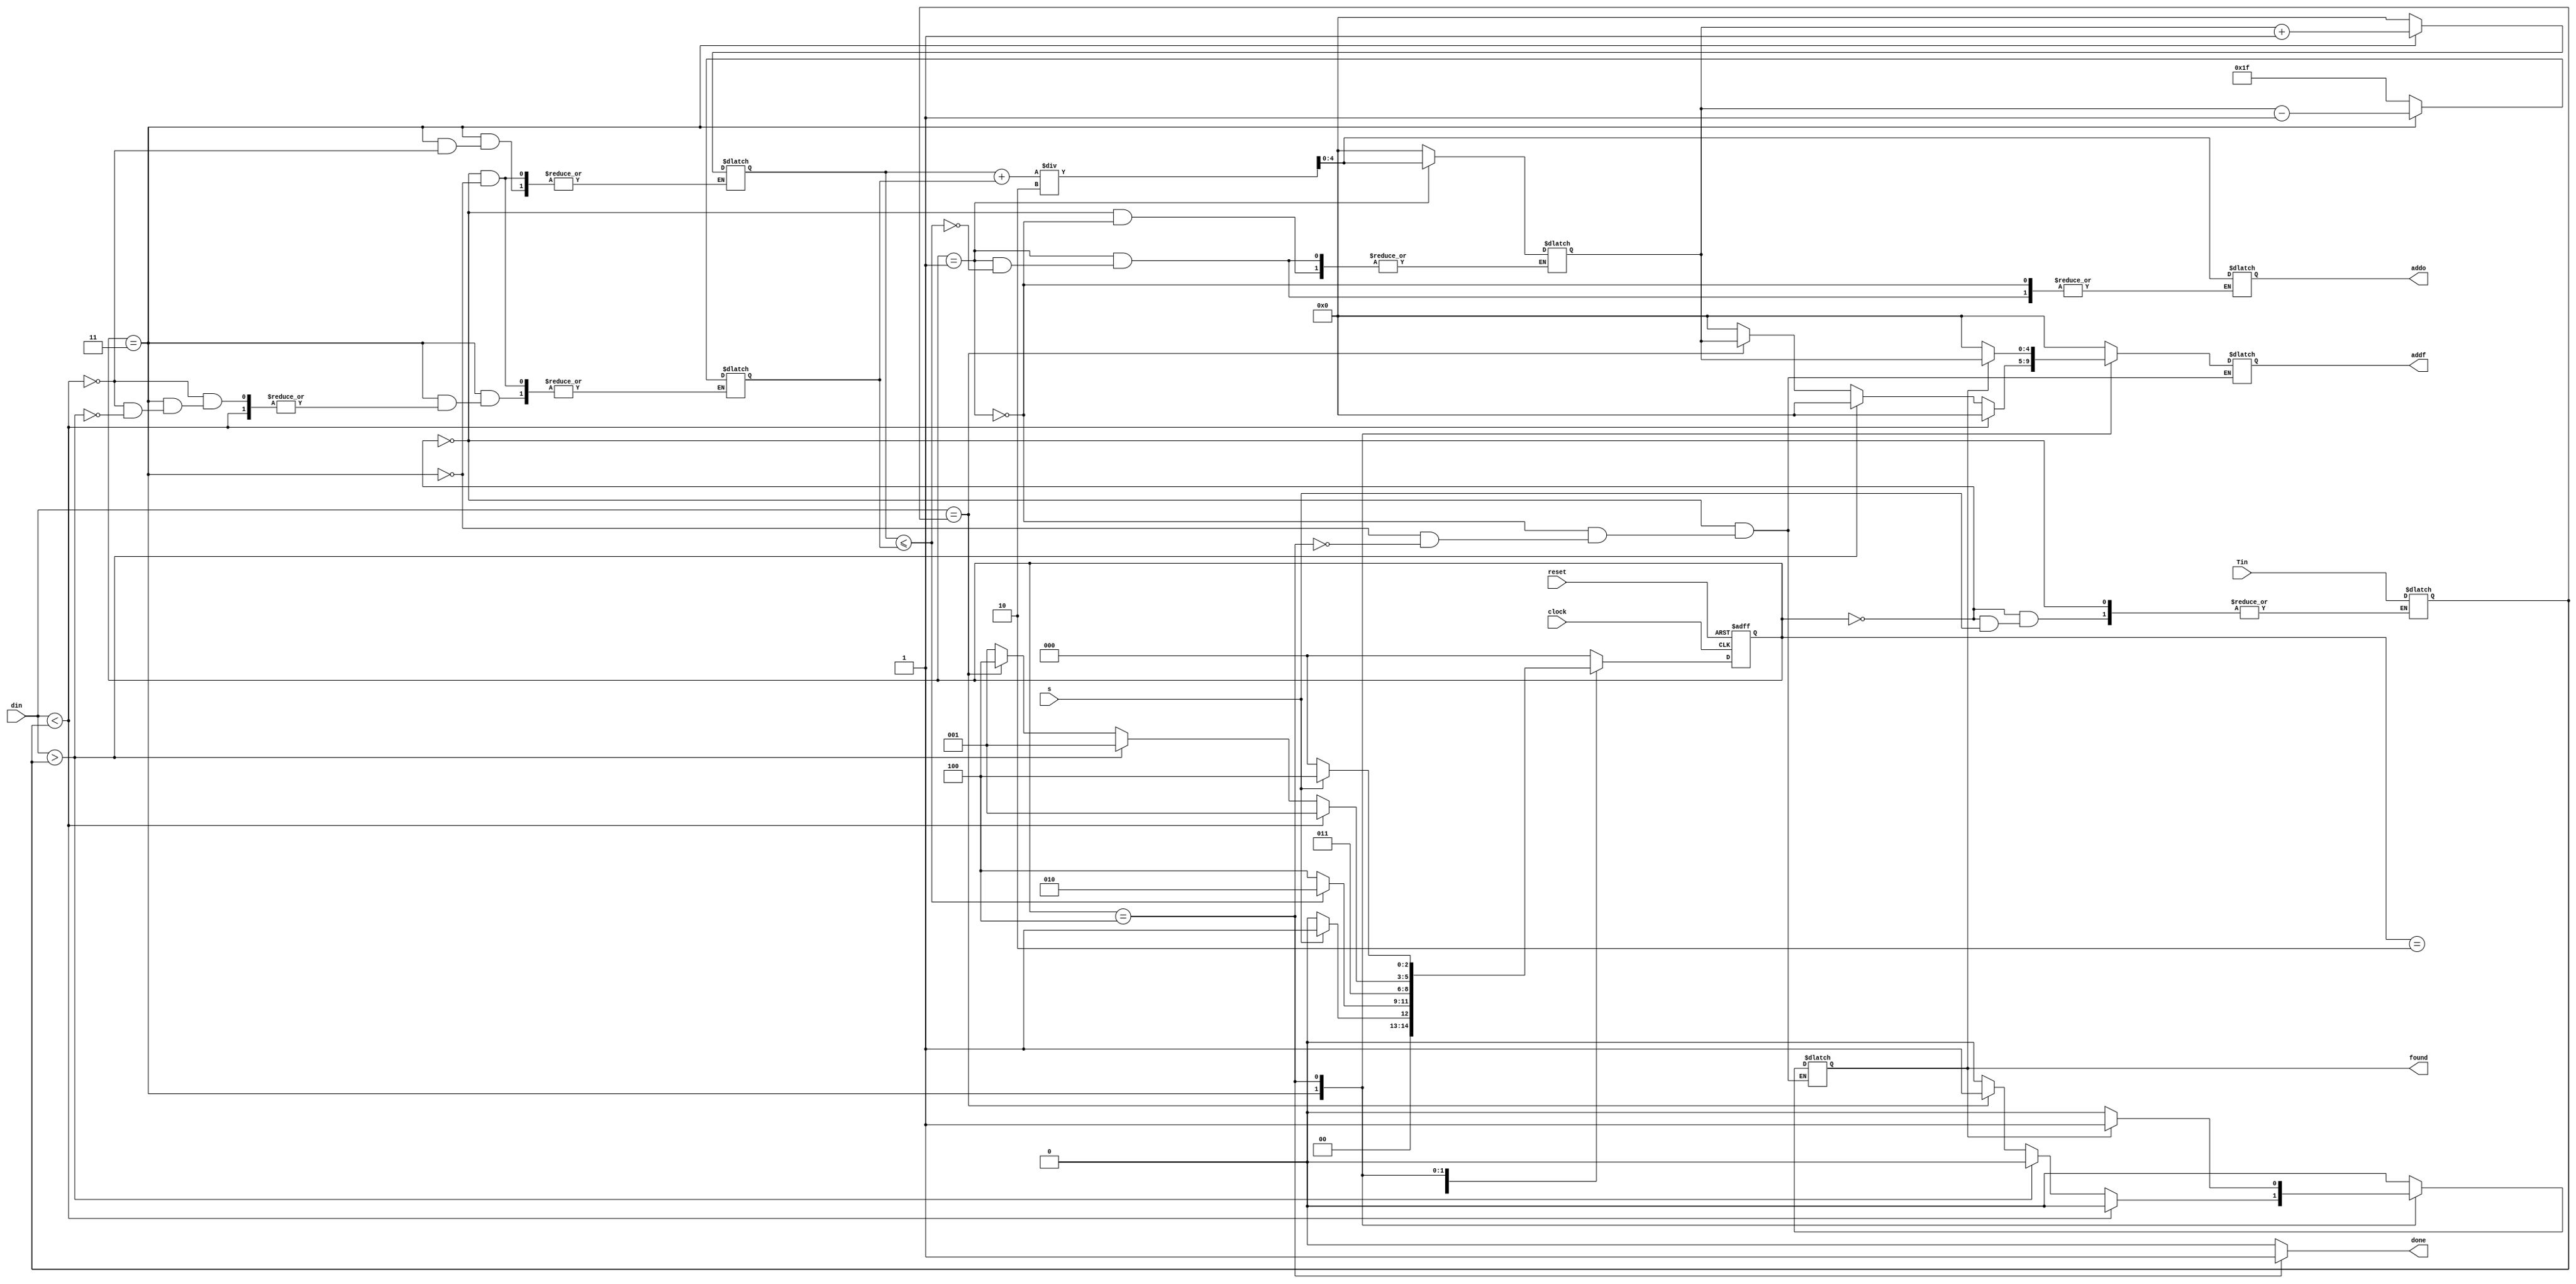
module binary_search (clock, reset, s, din, Tin, found, done, addo, addf);
    input clock, reset, s;
    input [7:0] din, Tin; // din is 8-bit word from memory, Tin is target input
    output reg found, done;
    output reg [4:0] addo, addf; // addo to get data from memory, addf is address of target

    localparam S1 = 3'd0;
    localparam S2 = 3'd1;
    localparam S3 = 3'd2;
    localparam S4 = 3'd3;
	 localparam S5 = 3'd4;

    reg [2:0] y_Q, Y_D; // current state and next state
    reg [7:0] T; // Target reg
    reg [5:0] m; // middle
    reg [4:0] L; // Left
    reg [4:0] R; // Right

    always @(y_Q, s, L, R, din, T, m, found) begin
        done = 0;
        case (y_Q)
            S1: begin
                m = 0;
                L = 0;
                R = 31;
                found = 0;
                addf = 0;
					 
					 if (s) Y_D = S2;
                else begin
						Y_D = S1;
						T = Tin; // set Target reg
					 end
            end

            S2: begin
					 found = 0;
					 addf = 0;
                if (L <= R) begin
                    m = L + R;
                    m = m / 2;
                    addo = m[4:0]; // middle address
						  Y_D = S3;
                end else Y_D = S5;
            end
				
            S3: begin
                // wait 1 cycle to get data from memory array
					 Y_D = S4;
            end

            S4: begin
					 found = 0;
					 addf = 0;
					 Y_D = S2;
                if (din < T) L = m[4:0] + 1'b1; // if current value at index m in memory is less than Target
                else if (din > T) R = m[4:0] - 1'b1; // if current value at index m in memory is greater than Target
                else if (din == T) begin
                    found = 1'b1;
                    addf = m[4:0];
						  Y_D = S5;
                end
            end

            S5: begin
                done = 1'b1;
                if (found) begin
                    found = 1'b1;
                    addf = m[4:0];
                end else begin
                    found = 0;
                    addf = 0;
					 end
					 
					 if (s) Y_D = S5;
                else Y_D = S1;
            end
				
				default: begin
					 Y_D = S1;
				end
        endcase
    end

    always @(posedge clock, posedge reset) begin
        if (reset) y_Q <= S1;
        else y_Q <= Y_D;
    end


endmodule